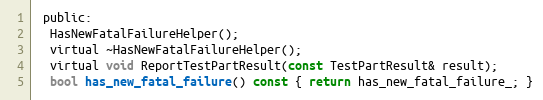
Language: C
 public:
  HasNewFatalFailureHelper();
  virtual ~HasNewFatalFailureHelper();
  virtual void ReportTestPartResult(const TestPartResult& result);
  bool has_new_fatal_failure() const { return has_new_fatal_failure_; }